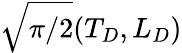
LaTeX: \sqrt{\pi/2}(T_{D},L_{D})